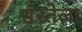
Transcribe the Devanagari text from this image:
संस्तेला